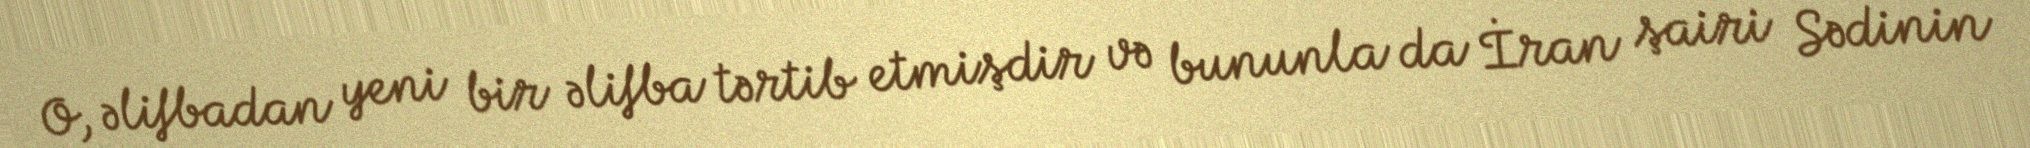
O, əlifbadan yeni bir əlifba tərtib etmişdir və bununla da İran şairi Sədinin